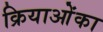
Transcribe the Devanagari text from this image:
क्रियाओंका